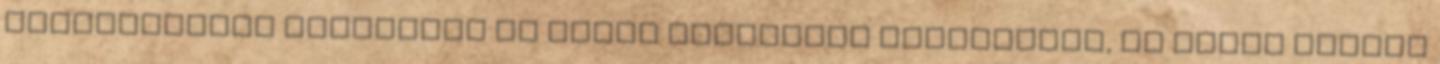
Megpróbáltam kitalálni az adott szerelmem elvárásait, és ahhoz képest